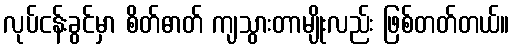
လုပ်ငန်းခွင်မှာ စိတ်ဓာတ် ကျသွားတာမျိုးလည်း ဖြစ်တတ်တယ်။